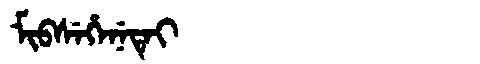
Manchu: ᠮᡳᠪᠰᡝᡥᡝᠨᡝᡨᡝᡳ
Romanization: MIBSEHENETEI